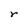
Character: r